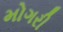
મોગરી